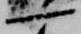
一